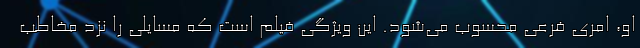
او، امري فرعي محسوب مي‌شود. اين ويژگي فيلم است كه مسايلی را نزد مخاطب